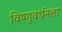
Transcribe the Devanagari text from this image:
विष्णुवर्धनला